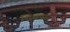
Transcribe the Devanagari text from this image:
शिवपार